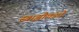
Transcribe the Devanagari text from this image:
स्वाझीलंडचे